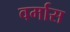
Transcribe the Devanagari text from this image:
वर्मास